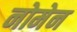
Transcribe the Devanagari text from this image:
नोमेन